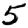
Digit: 5